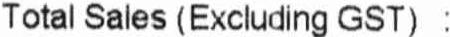
TOTAL SALES (EXCLUDING GST) :